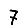
Digit: 7